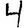
Digit: 4